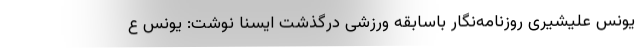
یونس علیشیری روزنامه‌نگار باسابقه ورزشی درگذشت ایسنا نوشت: یونس ع